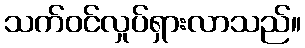
သက်ဝင်လှုပ်ရှားလာသည်။